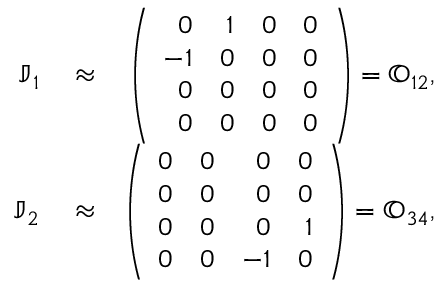
\begin{array} { r l r } { \mathbb J _ { 1 } } & { { } \approx } & { \left( \begin{array} { r r r r } { 0 } & { 1 } & { 0 } & { 0 } \\ { - 1 } & { 0 } & { 0 } & { 0 } \\ { 0 } & { 0 } & { 0 } & { 0 } \\ { 0 } & { 0 } & { 0 } & { 0 } \end{array} \right) = { \mathbb O } _ { 1 2 } , } \\ { \mathbb J _ { 2 } } & { { } \approx } & { \left( \begin{array} { r r r r } { 0 } & { 0 } & { 0 } & { 0 } \\ { 0 } & { 0 } & { 0 } & { 0 } \\ { 0 } & { 0 } & { 0 } & { 1 } \\ { 0 } & { 0 } & { - 1 } & { 0 } \end{array} \right) = { \mathbb O } _ { 3 4 } , } \end{array}